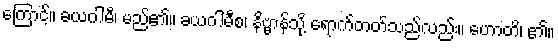
ကြောင့်။ ခယဂါမီ၊ မည်၏။ ခယဂါမီစ၊ နိဗ္ဗာန်သို့ ရောက်တတ်သည်လည်း။ ဟောတိ၊ ၏။